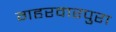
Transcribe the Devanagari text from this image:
गहरवारपुरा